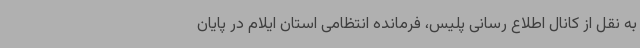
به نقل از کانال اطلاع رسانی پلیس، فرمانده انتظامی استان ایلام در پایان